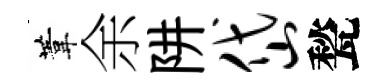
葦余阱岱甃